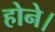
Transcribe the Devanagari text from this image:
होने।